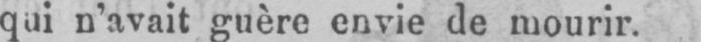
qui n’avait guère envie de mourir.